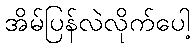
အိမ်ပြန်လဲလိုက်ပေါ့